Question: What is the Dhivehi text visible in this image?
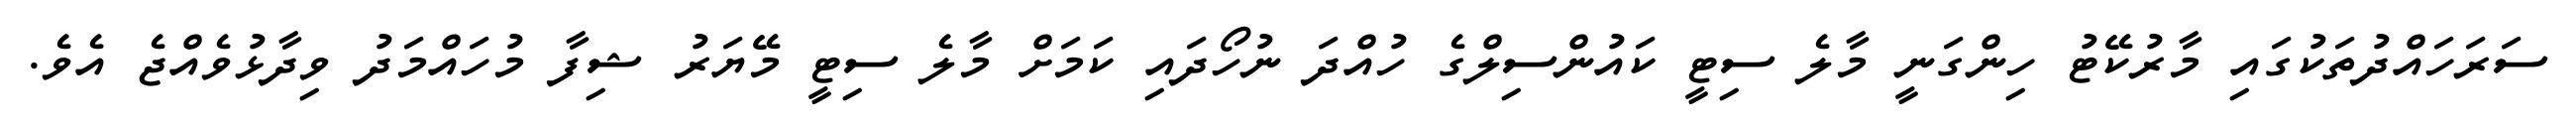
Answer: ސަރަހައްދުތަކުގައި މާރުކޭޓު ހިންގަނީ މާލެ ސިޓީ ކައުންސިލްގެ ހުއްދަ ނުހޯދައި ކަމަށް މާލެ ސިޓީ މޭޔަރު ޝިފާ މުހައްމަދު ވިދާޅުވެއްޖެ އެވެ.